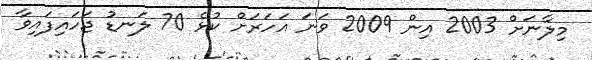
މިލާނަށް 2003 އިން 2009 ވަނަ އަހަރަށް ކުޅެ 70 ލަނޑު ޖަހައިފައިވާ